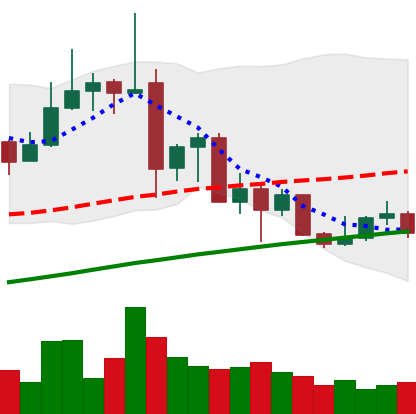
Ticker: ADA-USD
Chart end date: 2019-07-09
Forward return: -23.802%
Label: down_7plus